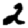
Digit: 2